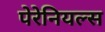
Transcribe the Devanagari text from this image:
पेरेनियल्स